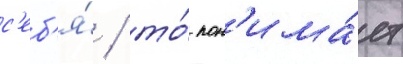
с'еб'я́ / то́ пон'има́ет